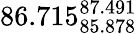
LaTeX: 86.715_{85.878}^{87.491}